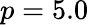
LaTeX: p=5.0